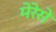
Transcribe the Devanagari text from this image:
मेरेसे